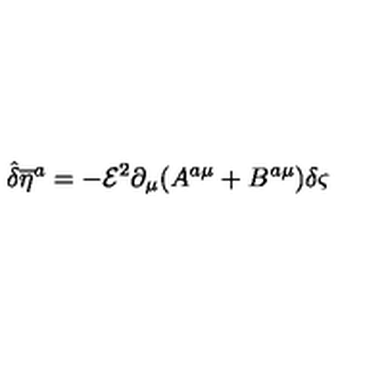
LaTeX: { \hat { \delta } } { { \overline { { \eta } } } ^ { a } } = - { \mathcal { E } } ^ { 2 } \partial _ { \mu } ( A ^ { a \mu } + B ^ { a \mu } ) \delta \varsigma